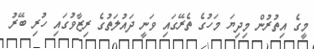
މީގެ އިތުރުން މިދިޔަ މަހުގެ ތެރޭގައި ވަނީ ދައުލަތުގެ ރިޒާވުގައި ހުރި ބޭރު